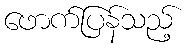
ဖောက်ပြန်သည့်